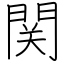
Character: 関